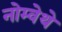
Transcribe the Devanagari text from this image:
नोम्वेथे